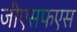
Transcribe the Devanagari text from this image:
जीएसफएस